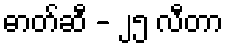
ဓာတ်ဆီ - ၂၅ လီတာ